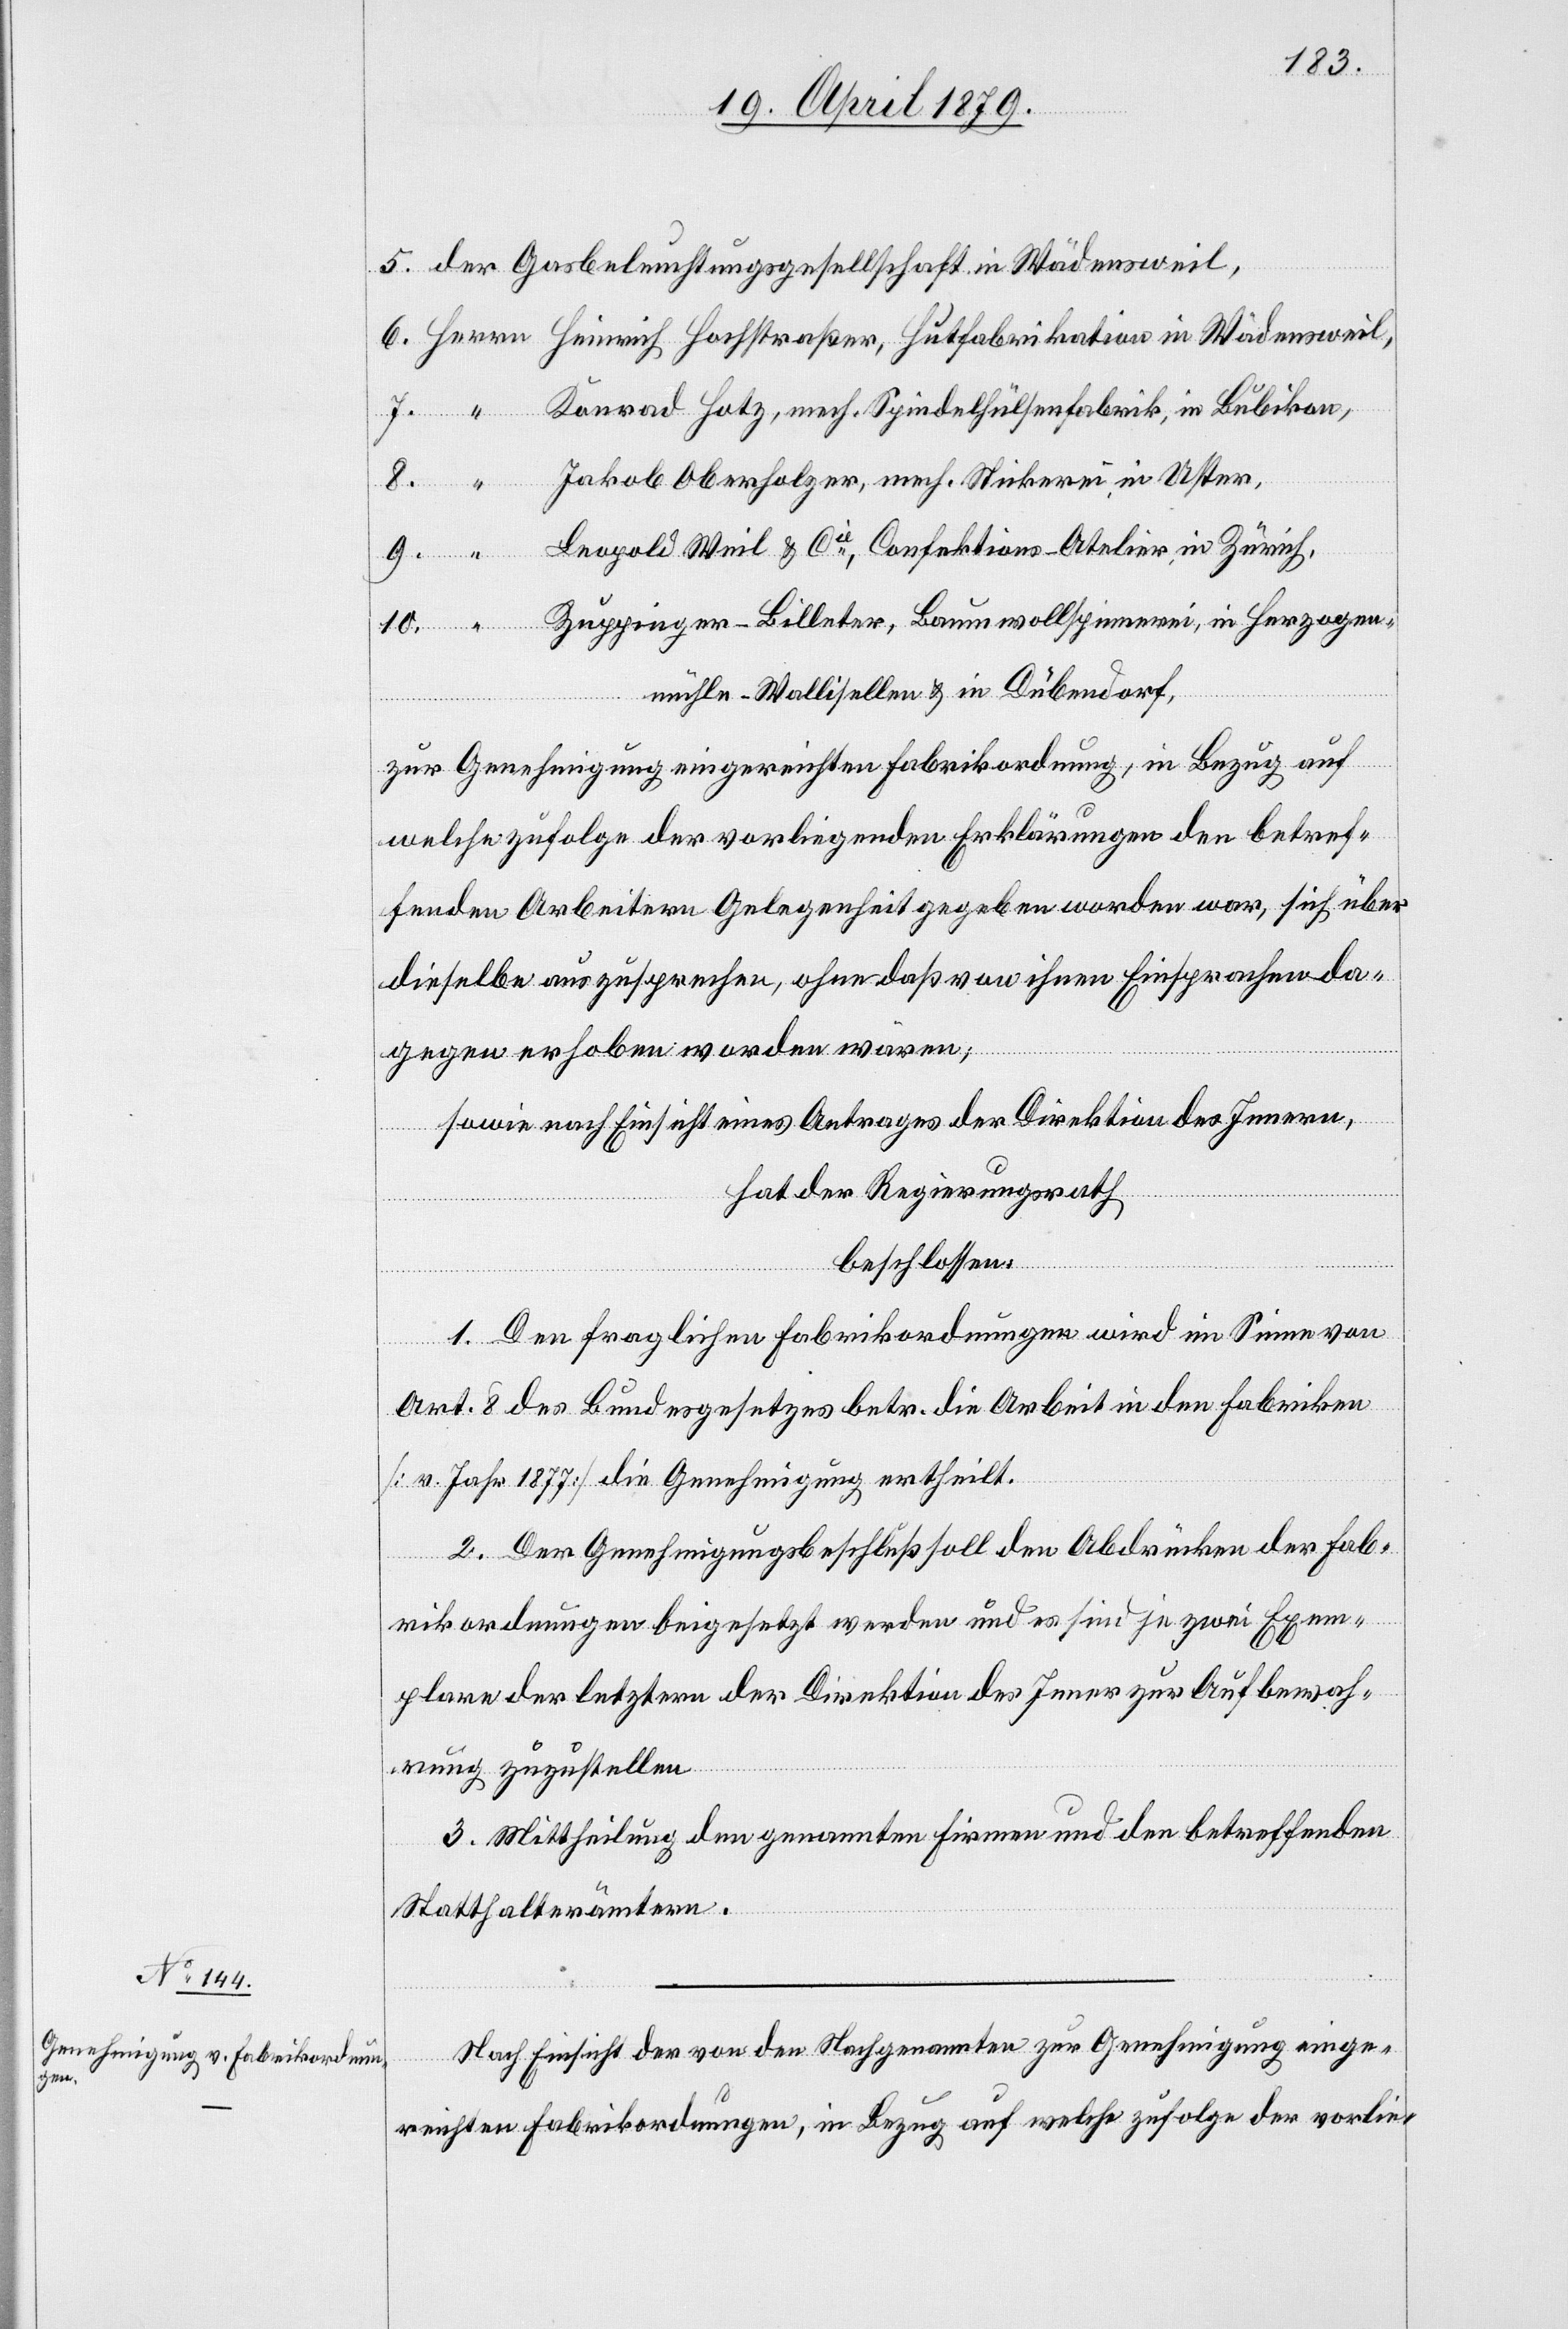
Konrad Hotz, mech. Spindelhülsenfabrik, in Bubikon,
Jakob Oberholzer, mech. Stickerei, in Uster,
Leopold Weil & Cie, Confektions-Atelier, in Zürich,
Zuppinger-Billeter, Baumwollspinnerei, in Herzogen¬
mühle - Wallisellen & in Dübendorf,
zur Genehmigung eingereichten Fabrikordnung, in Bezug auf
welche zufolge der vorliegenden Erklärungen den betref¬
fenden Arbeitern Gelegenheit gegeben worden war, sich über
dieselbe auszusprechen, ohne daß von ihnen Einsprachen da¬
gegen erhoben worden wären;
sowie nach Einsicht eines Antrages der Direktion des Innern,
in
hat der Regierungsrath
beschlossen:
weil,
1. Den fraglichen Fabrikordnungen wird im Sinne von
Art. 8 des Bundesgesetzes betr. die Arbeit in den Fabriken
[v. Jahr 1877] die Genehmigung ertheilt.
2. Der Genehmigungsbeschluß soll den Abdrücken der Fab¬
rikordnungen beigesetzt werden und es sind je zwei Exem¬
plare der letztern der Direktion des Inner[n] zur Aufbewah¬
rung zuzustellen.
3. Mittheilung den genannten Firmen und den betreffenden
Statthalterämtern.
Nach Einsicht der von den Nachgenannten zur Genehmigung einge¬
reichten Fabrikordnungen, in Bezug auf welche zufolge der vorlie-